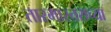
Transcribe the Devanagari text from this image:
तारमास्तराच्या